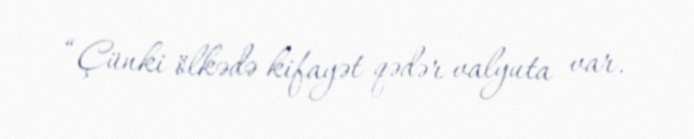
“Çünki ölkədə kifayət qədər valyuta var.